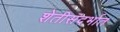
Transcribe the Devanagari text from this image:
शेतीसंदर्भात